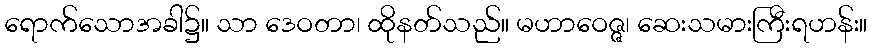
ရောက်သောအခါ၌။ သာ ဒေဝတာ၊ ထိုနတ်သည်။ မဟာဝေဇ္ဇ၊ ဆေးသမားကြီးရဟန်း။